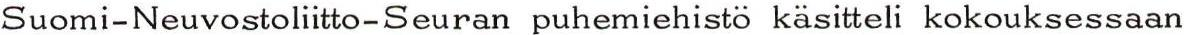
Suomi-Neuvostoliitto-Seuran puhemiehistö käsitteli kokouksessaan